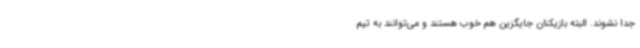
جدا نشوند. البته بازیکنان جایگزین هم خوب هستند و می‌توانند به تیم